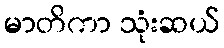
မာတိကာ သုံးဆယ်